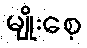
မျိုးစေ့